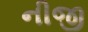
નીજી